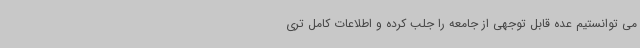
می توانستیم عده قابل توجهی از جامعه را جلب کرده و اطلاعات کامل تری